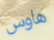
هاوس